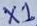
Text: X1